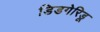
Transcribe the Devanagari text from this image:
डिडगेरिडू